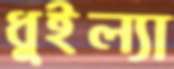
ধুইল্যা